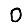
Digit: 0